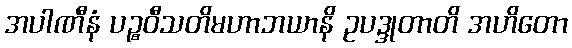
အပါဏီနံ ပဉ္စဝီသတိမဟာဘယာနိ ဥပဒ္ဒုတာတိ အဟိတော